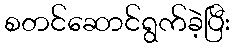
စတင်ဆောင်ရွက်ခဲ့ပြီး